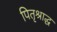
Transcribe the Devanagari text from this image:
पितृश्राद्ध